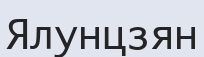
Ялунцзян